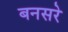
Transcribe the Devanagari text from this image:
बनसरे